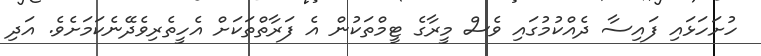
ހުށަހަޅައި ފައިސާ ދެއްކުމުގައި ވެސް މީރާގެ ޓީމްތަކުން އެ ފަރާތްތަކަށް އެހީތެރިވެދޭނެކަމަށެވެ. އަދި